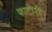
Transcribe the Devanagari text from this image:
फाटोरी